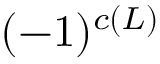
( - 1 ) ^ { c ( L ) }